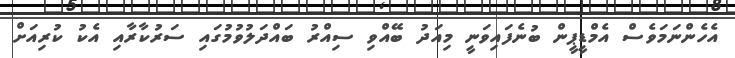
އެހެންނަމަވެސް އެމްޑީޕީން ބުނެފައިވަނީ މިއަދު ބޭއްވި ސިއްރު ބައްދަލުވުމުގައި ސަރުކާރާއި އެކު ކުރިއަށް